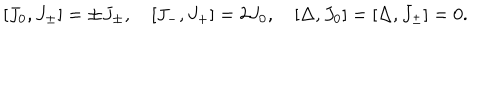
LaTeX: [ J _ { 0 } , J _ { \pm } ] = \pm J _ { \pm } , \quad [ J _ { - } , J _ { + } ] = 2 J _ { 0 } , \quad [ \Delta , J _ { 0 } ] = [ \Delta , J _ { \pm } ] = 0 .